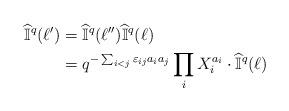
LaTeX: \begin{align*}\widehat{\mathbb{I}}^q(\ell') &= \widehat{\mathbb{I}}^q(\ell'')\widehat{\mathbb{I}}^q(\ell) \\&= q^{-\sum_{i<j}\varepsilon_{ij}a_ia_j}\prod_iX_i^{a_i}\cdot\widehat{\mathbb{I}}^q(\ell)\end{align*}